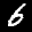
Label: 6